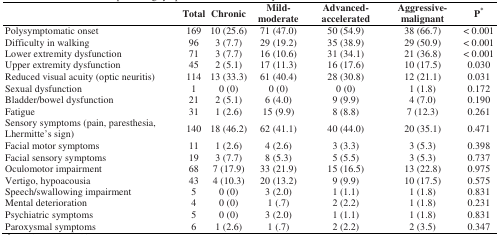
<table><thead><tr><td></td><td><b>Total</b></td><td><b>Chronic</b></td><td><b>Mild-moderate</b></td><td><b>Advanced-accelerated</b></td><td><b>Aggressive-malignant</b></td><td><b>P*</b></td></tr></thead><tbody><tr><td>Polysymptomatic onset</td><td>169</td><td>10 (25.6)</td><td>71 (47.0)</td><td>50 (54.9)</td><td>38 (66.7)</td><td>&lt; 0.001</td></tr><tr><td>Difficulty in walking</td><td>96</td><td>3 (7.7)</td><td>29 (19.2)</td><td>35 (38.9)</td><td>29 (50.9)</td><td>&lt; 0.001</td></tr><tr><td>Lower extremity dysfunction</td><td>71</td><td>3 (7.7)</td><td>16 (10.6)</td><td>31 (34.1)</td><td>21 (36.8)</td><td>&lt; 0.001</td></tr><tr><td>Upper extremity dysfunction</td><td>45</td><td>2 (5.1)</td><td>17 (11.3)</td><td>16 (17.6)</td><td>10 (17.5)</td><td>0.030</td></tr><tr><td>Reduced visual acuity (optic neuritis)</td><td>114</td><td>13 (33.3)</td><td>61 (40.4)</td><td>28 (30.8)</td><td>12 (21.1)</td><td>0.031</td></tr><tr><td>Sexual dysfunction</td><td>1</td><td>0 (0)</td><td>0 (0)</td><td>0 (0)</td><td>1 (1.8)</td><td>0.172</td></tr><tr><td>Bladder/bowel dysfunction</td><td>21</td><td>2 (5.1)</td><td>6 (4.0)</td><td>9 (9.9)</td><td>4 (7.0)</td><td>0.190</td></tr><tr><td>Fatigue</td><td>31</td><td>1 (2.6)</td><td>15 (9.9)</td><td>8 (8.8)</td><td>7 (12.3)</td><td>0.261</td></tr><tr><td>Sensory symptoms (pain, paresthesia, Lhermitte&#x27;s sign)</td><td>140</td><td>18 (46.2)</td><td>62 (41.1)</td><td>40 (44.0)</td><td>20 (35.1)</td><td>0.471</td></tr><tr><td>Facial motor symptoms</td><td>11</td><td>1 (2.6)</td><td>4 (2.6)</td><td>3 (3.3)</td><td>3 (5.3)</td><td>0.398</td></tr><tr><td>Facial sensory symptoms</td><td>19</td><td>3 (7.7)</td><td>8 (5.3)</td><td>5 (5.5)</td><td>3 (5.3)</td><td>0.737</td></tr><tr><td>Oculomotor impairment</td><td>68</td><td>7 (17.9)</td><td>33 (21.9)</td><td>15 (16.5)</td><td>13 (22.8)</td><td>0.975</td></tr><tr><td>Vertigo, hypoacousia</td><td>43</td><td>4 (10.3)</td><td>20 (13.2)</td><td>9 (9.9)</td><td>10 (17.5)</td><td>0.575</td></tr><tr><td>Speech/swallowing impairment</td><td>5</td><td>0 (0)</td><td>3 (2.0)</td><td>1 (1.1)</td><td>1 (1.8)</td><td>0.831</td></tr><tr><td>Mental deterioration</td><td>4</td><td>0 (0)</td><td>1 (.7)</td><td>2 (2.2)</td><td>1 (1.8)</td><td>0.231</td></tr><tr><td>Psychiatric symptoms</td><td>5</td><td>0 (0)</td><td>3 (2.0)</td><td>1 (1.1)</td><td>1 (1.8)</td><td>0.831</td></tr><tr><td>Paroxysmal symptoms</td><td>6</td><td>1 (2.6)</td><td>1 (.7)</td><td>2 (2.2)</td><td>2 (3.5)</td><td>0.347</td></tr></tbody></table>